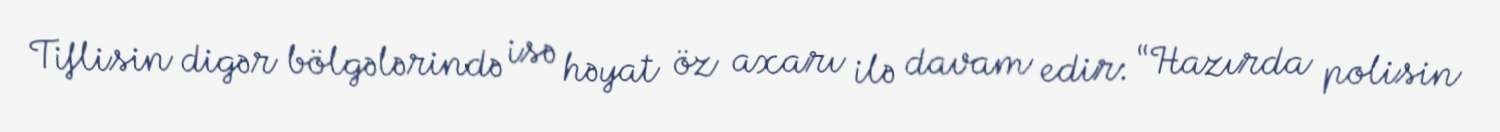
Tiflisin digər bölgələrində isə həyat öz axarı ilə davam edir: “Hazırda polisin